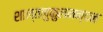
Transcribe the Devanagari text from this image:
शान्तनुकुलनन्दन